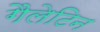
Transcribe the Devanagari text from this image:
गैलेटिन